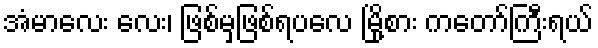
အံမာလေး လေး၊ ဖြစ်မှဖြစ်ရပလေ မြို့စား ကတော်ကြီးရယ်